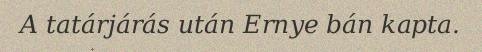
A tatárjárás után Ernye bán kapta.